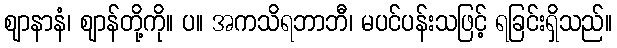
ဈာနာနံ၊ ဈာန်တို့ကို။ ပ။ အကသိရဘာဘီ၊ မပင်ပန်းသဖြင့် ရခြင်းရှိသည်။